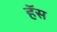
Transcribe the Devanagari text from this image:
हॅस